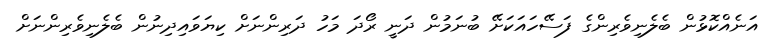
އަނެއްކޮޅުން ބެލެނިވެރިންގެ ފަސޭހައަކަށޭ ބުނަމުން ދަނީ ރޯދަ މަހު ދަރިންނަށް ކިޔަވައިދިނުން ބެލެނިވެރިންނަށް